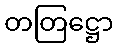
တတြဋ္ဌော